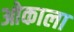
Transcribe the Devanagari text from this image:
ओकाला